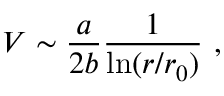
V \sim { \frac { a } { 2 b } } { \frac { 1 } { \mathrm { l n } ( r / r _ { 0 } ) } } ~ ,